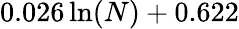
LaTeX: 0.026\, \mathrm{ln}(N)+0.622